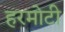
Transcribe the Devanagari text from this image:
हरमोटी